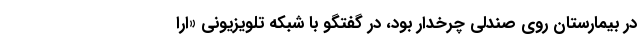
در بیمارستان روی صندلی چرخدار بود، در گفتگو با شبکه تلویزیونی «ارا